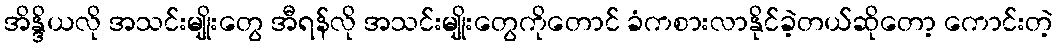
အိန္ဒိယလို အသင်းမျိုးတွေ အီရန်လို အသင်းမျိုးတွေကိုတောင် ခံကစားလာနိုင်ခဲ့တယ်ဆိုတော့ ကောင်းတဲ့